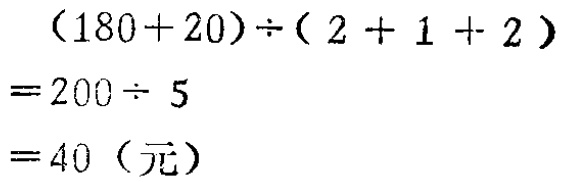
\[(180 + 20)\div(2 + 1 + 2)=200\div 5 = 40 (\text{元})\]